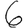
Digit: 6